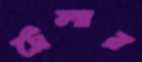
ট্রেলার